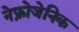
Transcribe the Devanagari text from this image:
नेफ्रोजेनिक